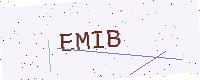
Text: EMIB